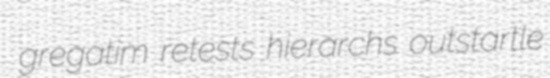
gregatim retests hierarchs outstartle